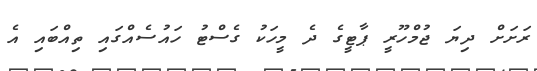
ރަށަށް ދިޔަ ޖުމްހޫރީ ޕާޓީގެ ދެ މީހަކު ގެސްޓު ހައުސެއްގައި ތިއްބައި އެ